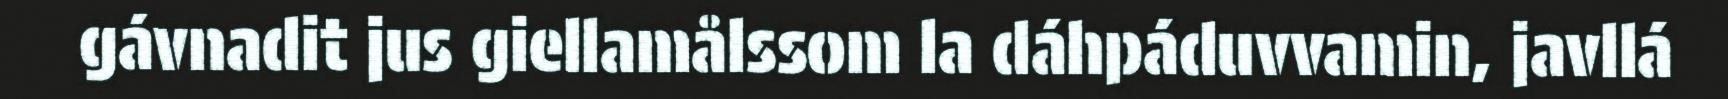
gávnadit jus giellamålssom la dáhpáduvvamin, javllá